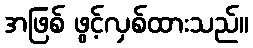
အဖြစ် ဖွင့်လှစ်ထားသည်။